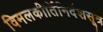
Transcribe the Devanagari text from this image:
विमलकीर्तिनिर्देशसूत्र